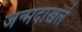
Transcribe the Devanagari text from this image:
जन्मदाखले